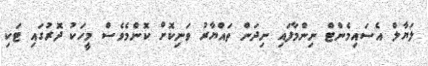
ލަޔާލް އެސައިމެންޓް ނިންމާފައި ނިދަން ތައްޔާރު ވަނިކޮށް ކޮންމެވެސް މީހަކު ދޮރުގައި ޓަކި